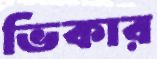
ভিকার